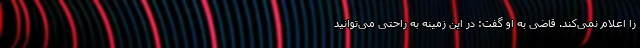
را اعلام نمی‌کند. قاضی به او گفت: در این زمینه به راحتی می‌توانید